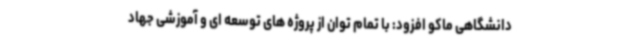
دانشگاهی ماکو افزود: با تمام توان از پروژه های توسعه ای و آموزشی جهاد